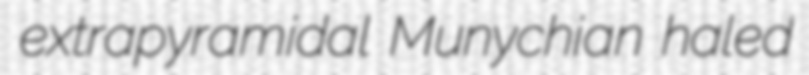
extrapyramidal Munychian haled